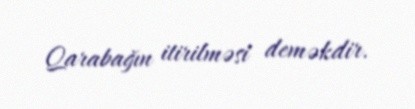
Qarabağın itirilməsi deməkdir.